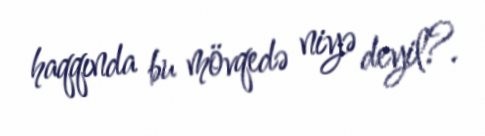
haqqında bu mövqedə niyə deyil?.